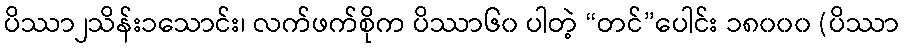
ပိဿာ၂သိန်း၁သောင်း၊ လက်ဖက်စိုက ပိဿာ၆၀ ပါတဲ့ “တင်”ပေါင်း ၁၈၀၀၀ (ပိဿာ